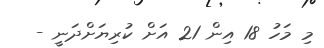
މި މަހު 18 އިން 21 އަށް ކުރިޔަށްދަނީ -